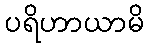
ပရိဟာယာမိ